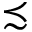
\precsim